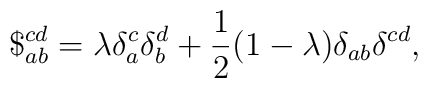
\$_{ab}^{cd} = \lambda\delta_a^c\delta_b^d +\frac{1}{2}(1-\lambda)\delta_{ab}\delta^{cd},